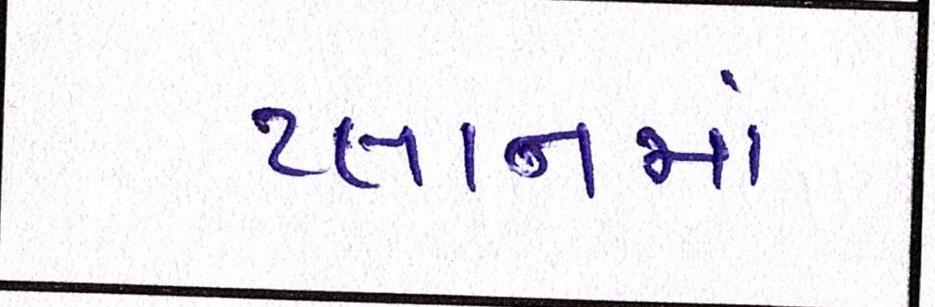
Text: પ્લાનમાં